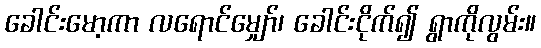
ခေါင်းမော့ကာ လရောင်မျှော်၊ ခေါင်းငိုက်၍ ရွာကိုလွမ်း။